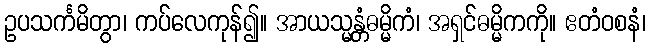
ဥပသင်္ကမိတွာ၊ ကပ်လေကုန်၍။ အာယသ္မန္တံဓမ္မိကံ၊ အရှင်ဓမ္မိကကို။ ဧတံဝစနံ၊